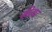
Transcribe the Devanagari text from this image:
कीताउं